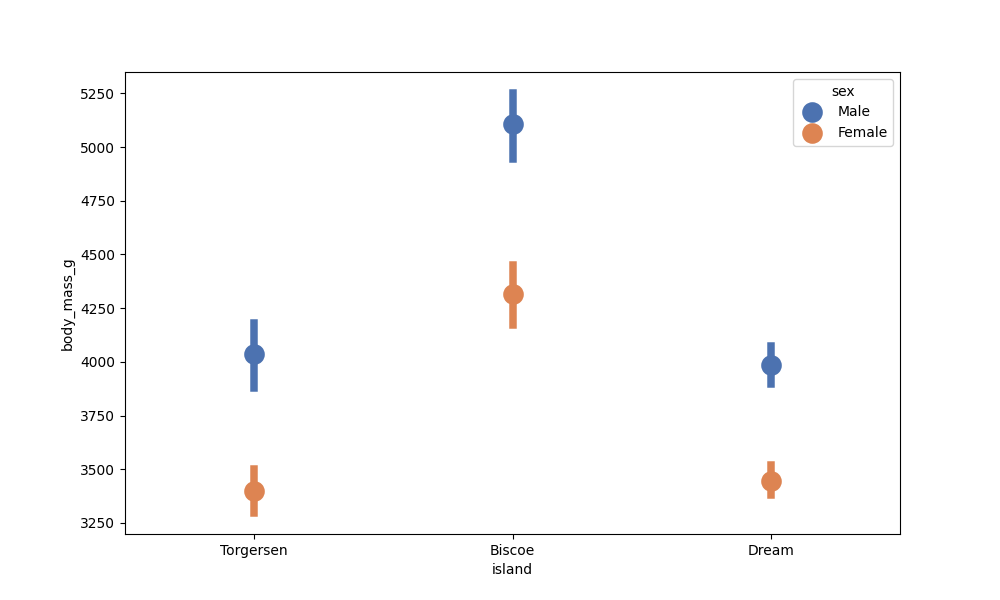
python, seaborn, pointplot, scale=2.0, join=False, hue='sex', palette='deep'